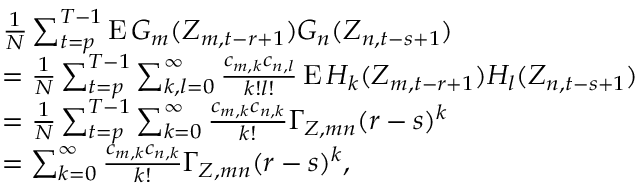
\begin{array} { r l } & { \frac { 1 } { N } \sum _ { t = p } ^ { T - 1 } \operatorname { E } G _ { m } ( Z _ { m , t - r + 1 } ) G _ { n } ( Z _ { n , t - s + 1 } ) } \\ & { = \frac { 1 } { N } \sum _ { t = p } ^ { T - 1 } \sum _ { k , l = 0 } ^ { \infty } \frac { c _ { m , k } c _ { n , l } } { k ! l ! } \operatorname { E } H _ { k } ( Z _ { m , t - r + 1 } ) H _ { l } ( Z _ { n , t - s + 1 } ) } \\ & { = \frac { 1 } { N } \sum _ { t = p } ^ { T - 1 } \sum _ { k = 0 } ^ { \infty } \frac { c _ { m , k } c _ { n , k } } { k ! } \Gamma _ { Z , m n } ( r - s ) ^ { k } } \\ & { = \sum _ { k = 0 } ^ { \infty } \frac { c _ { m , k } c _ { n , k } } { k ! } \Gamma _ { Z , m n } ( r - s ) ^ { k } , } \end{array}